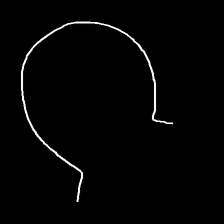
Glyph: weave